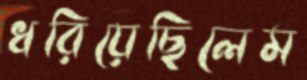
ধরিয়েছিলেম